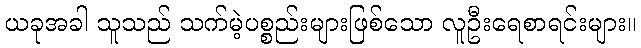
ယခုအခါ သူသည် သက်မဲ့ပစ္စည်းများဖြစ်သော လူဦးရေစာရင်းများ။